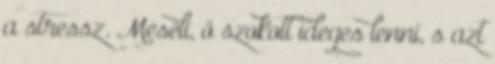
a stressz. Meséli, ő szokott ideges lenni, s azt